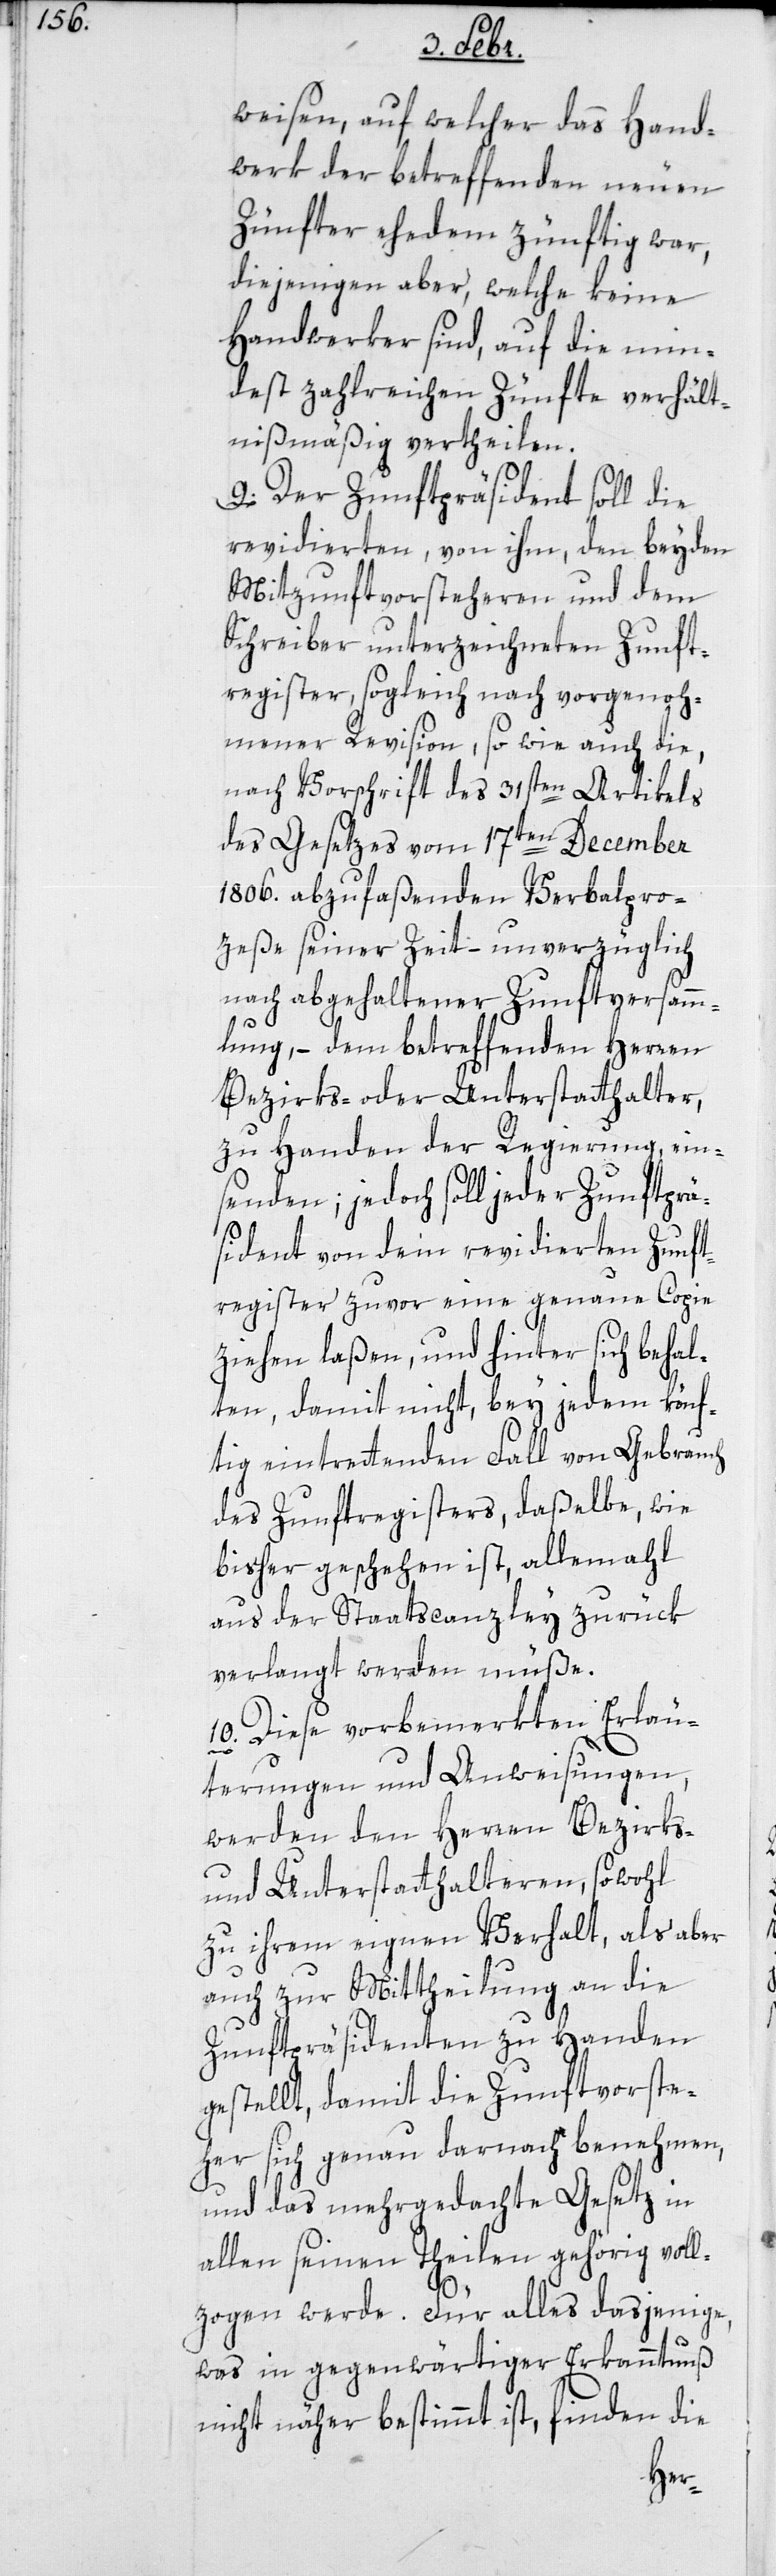
weisen, auf welcher das Hand¬
werk der betreffenden neuen
Zünfter ehedem zünftig war;
diejenigen aber, welche keine
Handwerker sind, auf die min¬
dest zahlreichen Zünfte verhält¬
nismäßig verteilen.
9. Der Zunftpräsident soll die
revidierten, von ihm, den beyden
Mitzunftvorsteheren und dem
Schreiber unterzeichneten Zunft¬
register, sogleich nach vorgenoh¬
mener Revision, so wie auch die,
nach Vorschrift des 31sten Artikels
des Gesetzes vom 17ten December
1806. abzufaßenden Verbalpro¬
zeße seiner Zeit – unverzüglich
nach abgehaltener Zunftversamm¬
lung, – dem betreffenden Herren
Bezirks- oder Unterstatthalter
zu Handen der Regierung ein¬
senden; jedoch soll jeder Zunftprä¬
sident von dem revidierten Zunft¬
register zuvor eine genaue Copie
ziehen laßen, und hinter sich behal¬
ten, damit nicht, bey jedem könf¬
tig eintretenden Fall von Gebrauch
des Zunftregisters, daßelbe, wie
bisher geschehen ist, allemahl
aus der Staatscanzley zurück
verlangt werden müße.
10. Diese vorbemerkten Erläu¬
terungen und Anweisungen,
werden den Herren Bezirks-
und Unterstatthalteren, sowohl
zu ihrem eignen Verhalt als aber
auch zur Mittheilung an die
Zunftpräsidenten zu Handen
gestellt, damit die Zunftvorste¬
her sich genau darnach benehmen,
und das mehrgedachte Gesetz in
allen seinen Teilen gehörig voll¬
zogen werde. Für alles dasjenige,
was in gegenwärtiger Erkanntnuß
nicht näher bestimmt ist, finden die